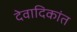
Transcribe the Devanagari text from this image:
देवादिकांत